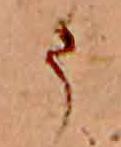
ま